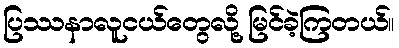
ပြဿနာလူငယ်တွေလို့ မြင်ခဲ့ကြတယ်။